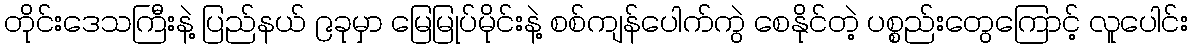
တိုင်းဒေသကြီးနဲ့ ပြည်နယ် ၉ခုမှာ မြေမြုပ်မိုင်းနဲ့ စစ်ကျန်ပေါက်ကွဲ စေနိုင်တဲ့ ပစ္စည်းတွေကြောင့် လူပေါင်း